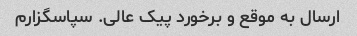
ارسال به موقع و برخورد پیک عالی. سپاسگزارم